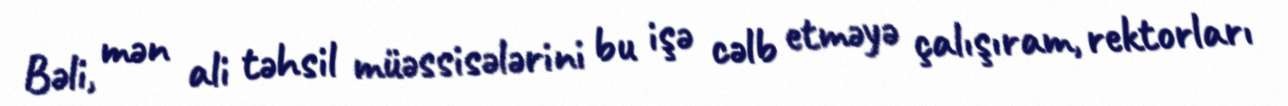
Bəli, mən ali təhsil müəssisələrini bu işə cəlb etməyə çalışıram, rektorları